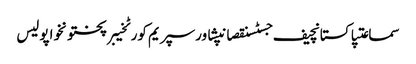
سماعتپاکستانچیف جسٹسنقصانپشاورسپریم کورٹخیبرپختونخواپولیس